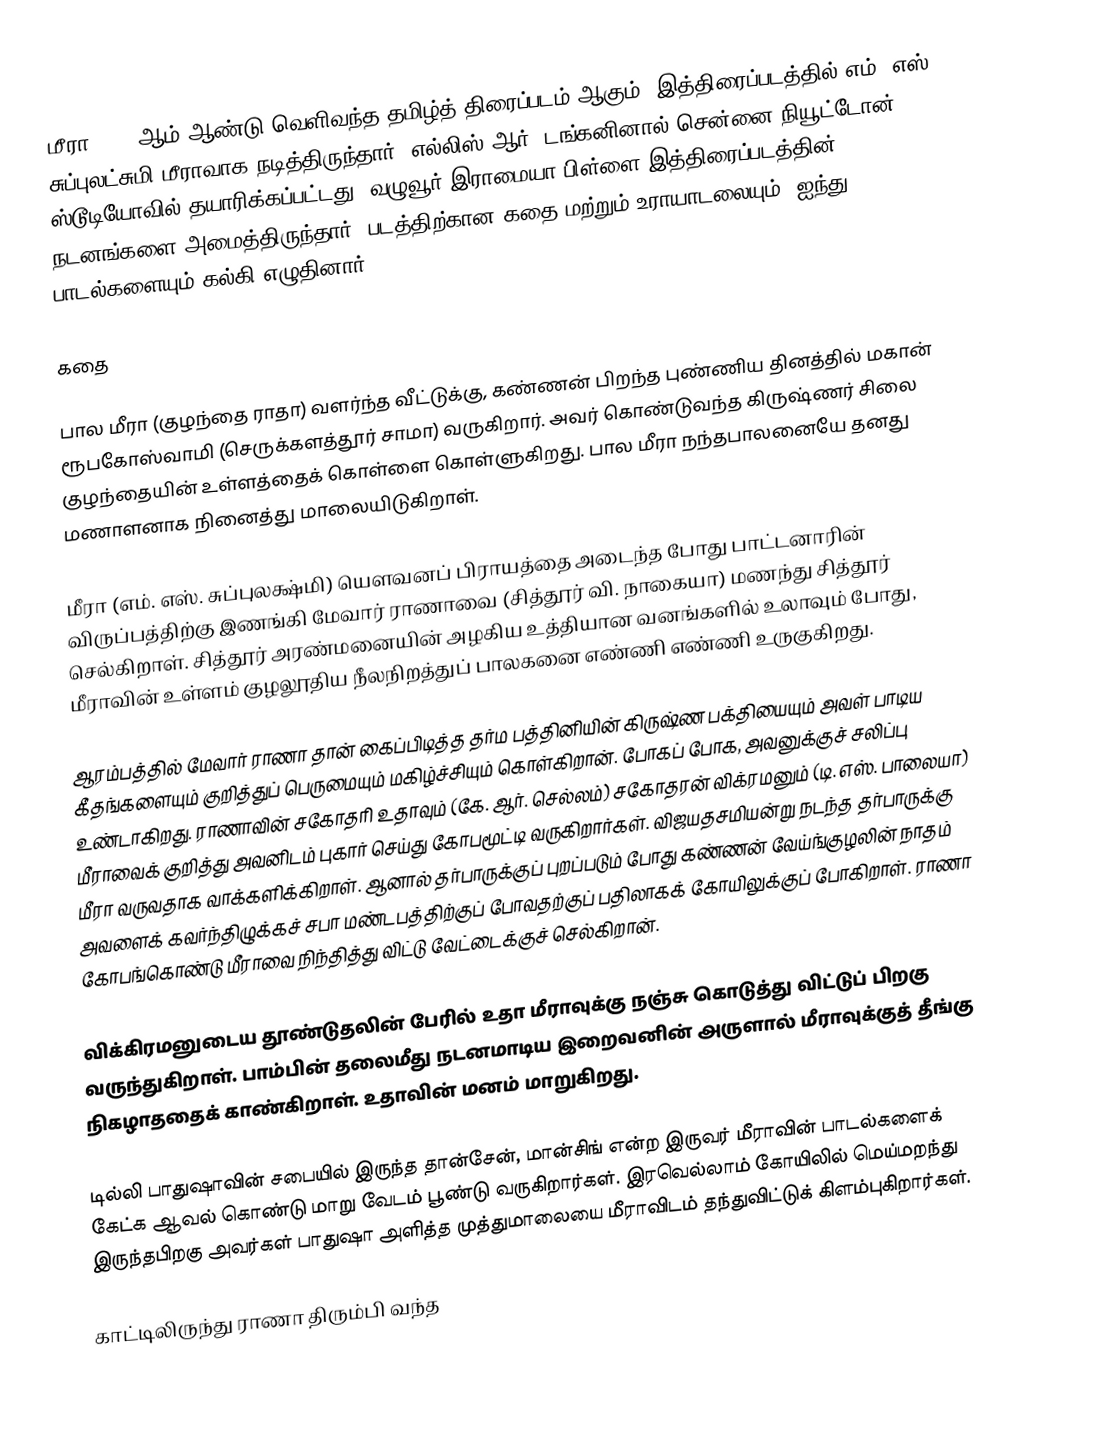
மீரா 1945 ஆம் ஆண்டு வெளிவந்த தமிழ்த் திரைப்படம் ஆகும். இத்திரைப்படத்தில் எம். எஸ். சுப்புலட்சுமி மீராவாக நடித்திருந்தார். எல்லிஸ் ஆர். டங்கனினால் சென்னை நியூட்டோன் ஸ்டூடியோவில் தயாரிக்கப்பட்டது. வழுவூர் இராமையா பிள்ளை இத்திரைப்படத்தின் நடனங்களை அமைத்திருந்தார். படத்திற்கான கதை மற்றும் உராயாடலையும், ஐந்து பாடல்களையும் கல்கி எழுதினார்.

கதை

பால மீரா (குழந்தை ராதா) வளர்ந்த வீட்டுக்கு, கண்ணன் பிறந்த புண்ணிய தினத்தில் மகான் ரூபகோஸ்வாமி (செருக்களத்தூர் சாமா) வருகிறார். அவர் கொண்டுவந்த கிருஷ்ணர் சிலை குழந்தையின் உள்ளத்தைக் கொள்ளை கொள்ளுகிறது. பால மீரா நந்தபாலனையே தனது மணாளனாக நினைத்து மாலையிடுகிறாள்.

மீரா (எம். எஸ். சுப்புலக்ஷ்மி) யௌவனப் பிராயத்தை அடைந்த போது பாட்டனாரின் விருப்பத்திற்கு இணங்கி மேவார் ராணாவை (சித்தூர் வி. நாகையா) மணந்து சித்தூர் செல்கிறாள். சித்தூர் அரண்மனையின் அழகிய உத்தியான வனங்களில் உலாவும் போது, மீராவின் உள்ளம் குழலூதிய நீலநிறத்துப் பாலகனை எண்ணி எண்ணி உருகுகிறது.

ஆரம்பத்தில் மேவார் ராணா தான் கைப்பிடித்த தர்ம பத்தினியின் கிருஷ்ண பக்தியையும் அவள் பாடிய கீதங்களையும் குறித்துப் பெருமையும் மகிழ்ச்சியும் கொள்கிறான். போகப் போக, அவனுக்குச் சலிப்பு உண்டாகிறது. ராணாவின் சகோதரி உதாவும் (கே. ஆர். செல்லம்) சகோதரன் விக்ரமனும் (டி. எஸ். பாலையா) மீராவைக் குறித்து அவனிடம் புகார் செய்து கோபமூட்டி வருகிறார்கள். விஜயதசமியன்று நடந்த தர்பாருக்கு மீரா வருவதாக வாக்களிக்கிறாள். ஆனால் தர்பாருக்குப் புறப்படும் போது கண்ணன் வேய்ங்குழலின் நாதம் அவளைக் கவர்ந்திழுக்கச் சபா மண்டபத்திற்குப் போவதற்குப் பதிலாகக் கோயிலுக்குப் போகிறாள். ராணா கோபங்கொண்டு மீராவை நிந்தித்து விட்டு வேட்டைக்குச் செல்கிறான்.

விக்கிரமனுடைய தூண்டுதலின் பேரில் உதா மீராவுக்கு நஞ்சு கொடுத்து விட்டுப் பிறகு வருந்துகிறாள். பாம்பின் தலைமீது நடனமாடிய இறைவனின் அருளால் மீராவுக்குத் தீங்கு நிகழாததைக் காண்கிறாள். உதாவின் மனம் மாறுகிறது.

டில்லி பாதுஷாவின் சபையில் இருந்த தான்சேன், மான்சிங் என்ற இருவர் மீராவின் பாடல்களைக் கேட்க ஆவல் கொண்டு மாறு வேடம் பூண்டு வருகிறார்கள். இரவெல்லாம் கோயிலில் மெய்மறந்து இருந்தபிறகு அவர்கள் பாதுஷா அளித்த முத்துமாலையை மீராவிடம் தந்துவிட்டுக் கிளம்புகிறார்கள்.

காட்டிலிருந்து ராணா திரும்பி வந்த